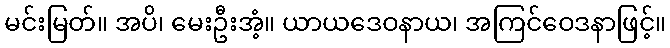
မင်းမြတ်။ အပိ၊ မေးဦးအံ့။ ယာယဒေဝနာယ၊ အကြင်ဝေဒနာဖြင့်။